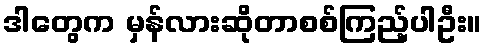
ဒါတွေက မှန်လားဆိုတာစစ်ကြည့်ပါဦး။